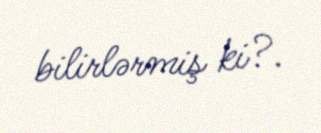
bilirlərmiş ki?.